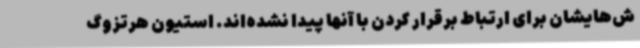
ش‌هایشان برای ارتباط برقرار کردن با آنها پیدا نشده‌اند. استیون هرتزوگ